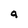
Character: a